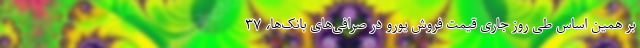
بر همین‌ اساس طی روز جاری قیمت فروش یورو در صرافی‌های بانک‌ها، ۳۷